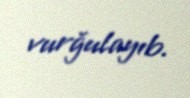
vurğulayıb.